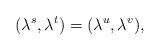
LaTeX: \begin{align*}(\lambda^{s},\lambda^{t})=(\lambda^{u},\lambda^{v}),\end{align*}